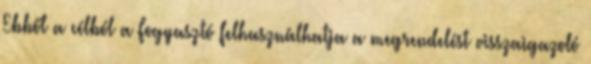
Ebből a célból a Fogyasztó felhasználhatja a megrendelést visszaigazoló